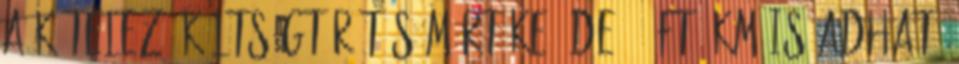
a kötelező költségtérítés mértéke, de 15 Ft km is adható